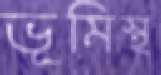
ভূমিস্থ